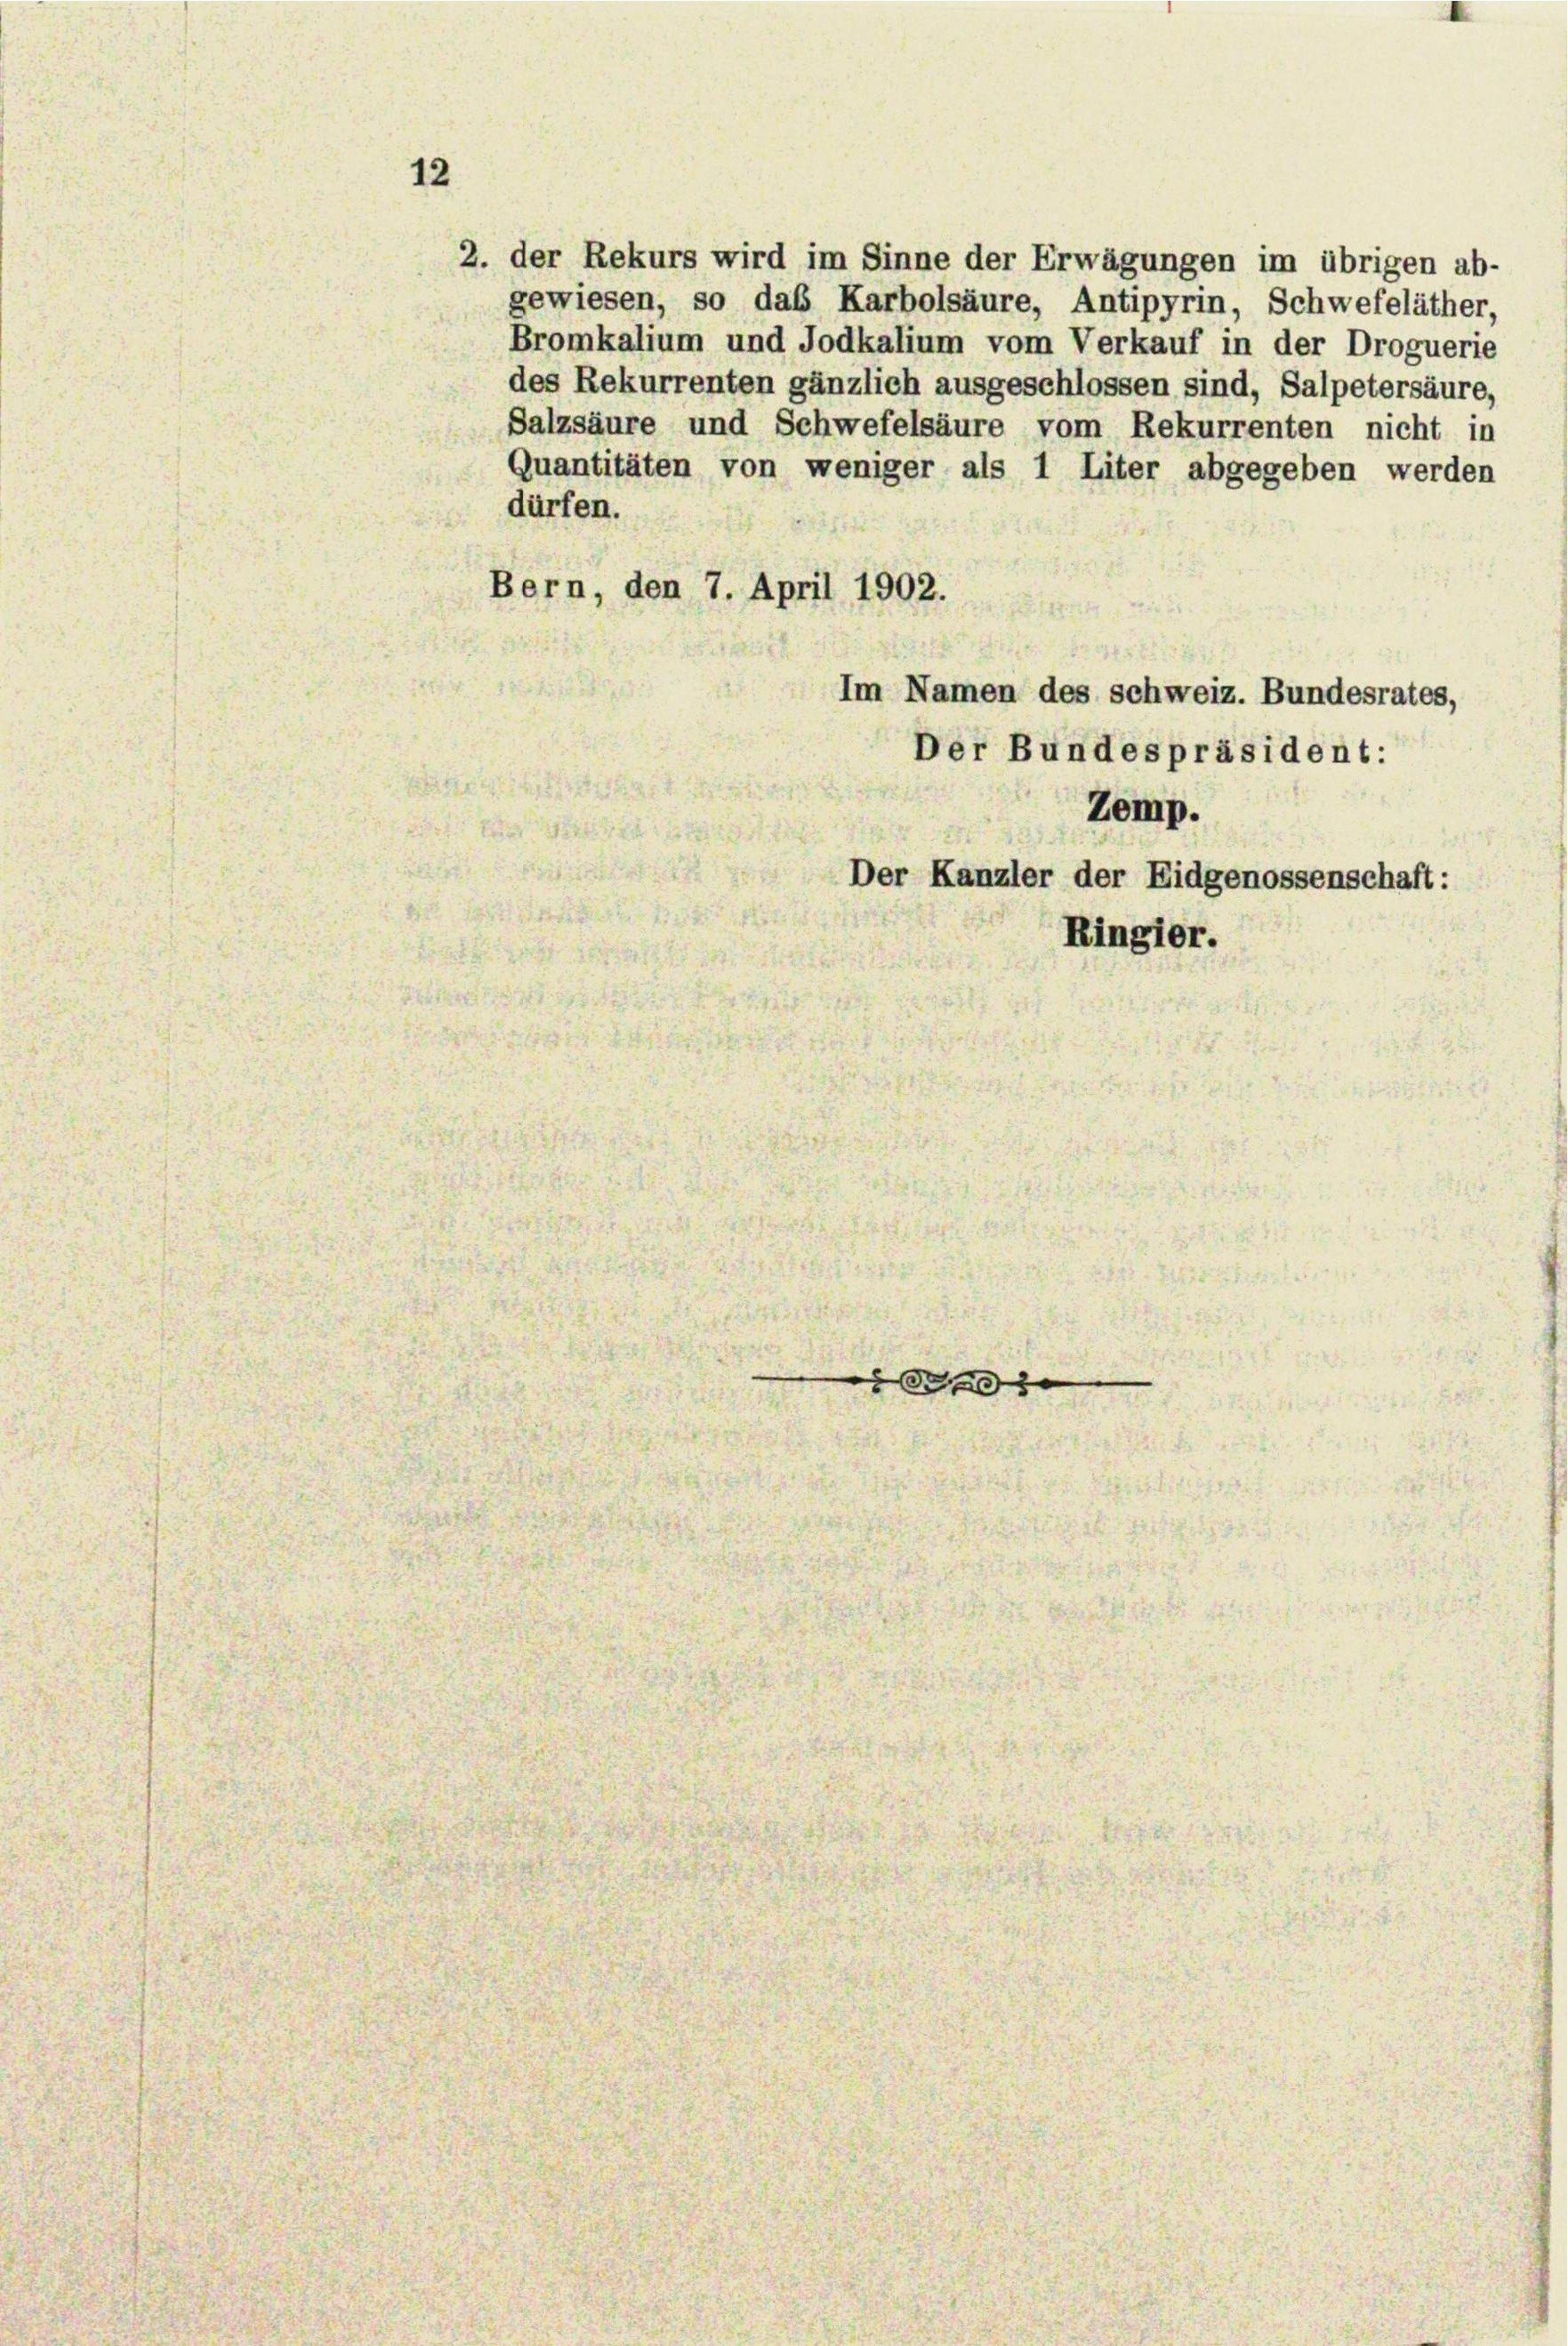
12

dürfen.
Bern, den 7. April 1902.
Im Namen des schweiz. Bundesrates,
Der Bundespräsident:
Zemp.

2. der Rekurs wird im Sinne der Erwägungen im übrigen ab-
gewiesen, so das Karbolsäure, Antipyrin, Schwefeläther,
Bromkalium und Jodkalium vom Verkauf in der Droguerie
des Rekurrenten gänzlich ausgeschlossen sind, Salpetersäure,
Salzsäure und Schwefelsäure vom Rekurrenten nicht in
Quantitäten von weniger als 1 Liter abgegeben werden

Der Kanzler der Eidgenossenschaft:
Ringier.

2.